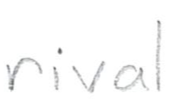
Text: rival
Cross-out: clean
Writing tool: pencil